Vaccination in Bombay 1869-1873 - 1869-1873
Year: 1869
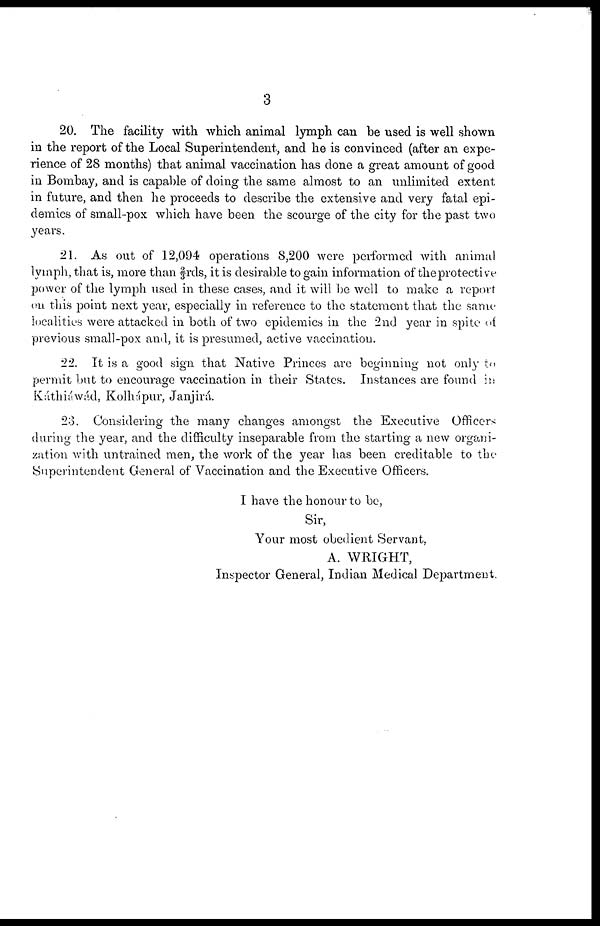
3
20. The facility with which animal lymph can be used is well shown
in the report of the Local Superintendent, and he is convinced (after an expe-
rience of 28 months) that animal vaccination has done a great amount of good
in Bombay, and is capable of doing the same almost to an unlimited extent
in future, and then he proceeds to describe the extensive and very fatal epi-
demics of small-pox which have been the scourge of the city for the past two
years.
21. As out of 12,094 operations 8,200 were performed with animal
lymph, that is, more than 0/3rds, it is desirable to gain information of the protective
power of the lymph used in these cases, and it will be well to make a report
on this point next year, especially in reference to the statement that the same
localities were attacked in both of two epidemics in the 2nd year in spite of
previous small-pox and, it is presumed, active vaccination.
22. It is a good sign that Native Princes are beginning not only to
permit but to encourage vaccination in their States. Instances are found in
Kátthiáwád, Kolhápur, Janjirá.
23. Considering the many changes amongst the Executive Officers
during the year, and the difficulty inseparable from the starting a new organi-
zation with untrained men, the work of the year has been creditable to the
Superintendent General of Vaccination and the Executive Officers.
I have the honour to be,
Sir,
Your most obedient Servant,
A. WRIGHT,
Inspector General, Indian Medical Department.